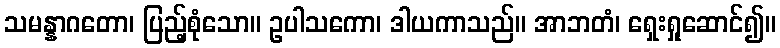
သမန္နာဂတော၊ ပြည့်စုံသော။ ဥပါသကော၊ ဒါယကာသည်။ အာဘတံ၊ ရှေးရှုဆောင်၍။